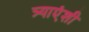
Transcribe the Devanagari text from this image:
त्र्याएंशी